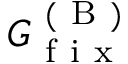
G _ { \mathrm { ~ f ~ i ~ x ~ } } ^ { \mathrm { ~ ( ~ B ~ ) ~ } }